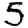
Digit: 5